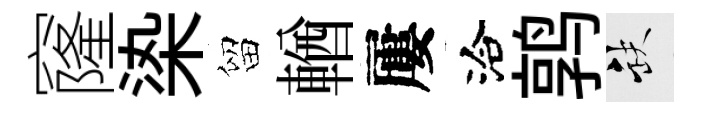
窿𣑱留輶屢洽鹑缺